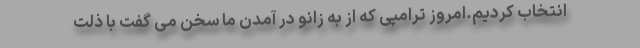
انتخاب کردیم.امروز ترامپی که از به زانو در آمدن ما سخن می گفت با ذلت